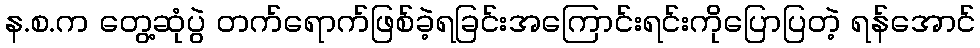
န.စ.က တွေ့ဆုံပွဲ တက်ရောက်ဖြစ်ခဲ့ရခြင်းအကြောင်းရင်းကိုပြောပြတဲ့ ရန်အောင်